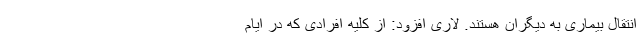
انتقال بیماری به دیگران هستند. لاری افزود: از کلیه افرادی که در ایام